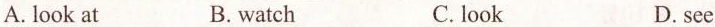
A.look at B.watch C.look D.see